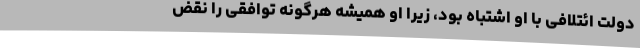
دولت ائتلافی با او اشتباه بود، زیرا او همیشه هرگونه توافقی را نقض